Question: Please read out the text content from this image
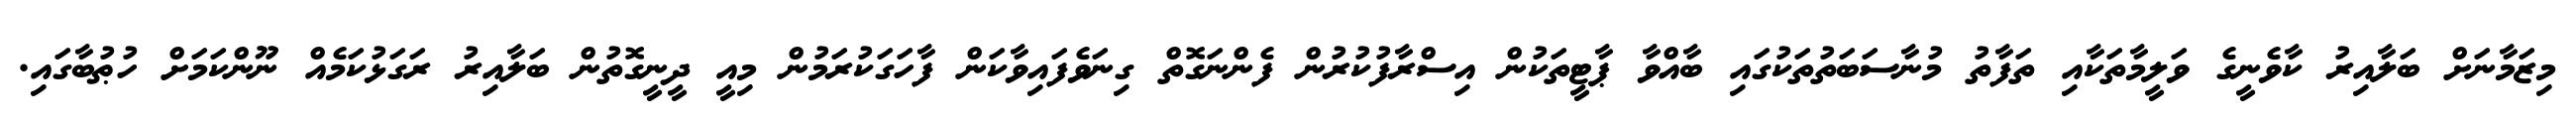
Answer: މިޒަމާނަށް ބަލާއިރު ކާވެނީގެ ވަލީމާތަކާއި ތަފާތު މުނާސަބަތުތަކުގައި ބާއްވާ ޕާޓީތަކުން އިސްރާފުކުރުން ފެންނަގޮތް ގިނަވެފައިވާކަން ފާހަގަކުރަމުން މިއީ ދީނީގޮތުން ބަލާއިރު ރަގަޅުކަމެއް ނޫންކަމަށް ހުޠުބާގައި.